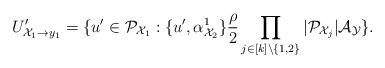
LaTeX: \begin{align*}U'_{\mathcal X_1\to y_1}=\{ u'\in \mathcal P_{\mathcal X_1}: \{u', \alpha^{1}_{\mathcal X_2}\} \frac{\rho}{2} \prod_{j\in [k]\setminus \{1,2\}}|\mathcal P_{\mathcal X_j}| \mathcal A_{\mathcal Y} \}.\end{align*}